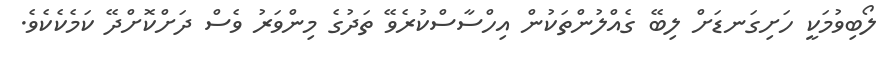
ލޯބިވުމަކީ ހަށިގަނޑަށް ލިބޭ ގެއްލުންތަކުން އިހްސާސްކުރެވޭ ތަދުގެ މިންވަރު ވެސް ދަށްކޮށްދޭ ކަމެކެކެވެ.